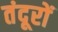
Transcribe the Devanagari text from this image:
तंदूरों